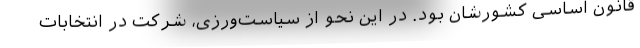
قانون اساسی کشورشان بود. در این نحو از سیاست‌ورزی، شرکت در انتخابات